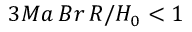
3 M a \, B r \, R / H _ { 0 } < 1